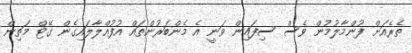
ތެރެއަށް ފުންމާލުމުން ވެސް ސިފައިން ވަނީ އެ މެންބަރުންތައް އުފުއްލާލައިގެން ގޭޓް މަތިން